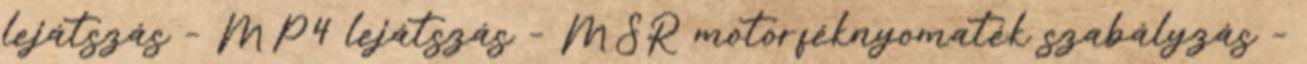
lejátszás – MP4 lejátszás – MSR motorféknyomaték szabályzás –